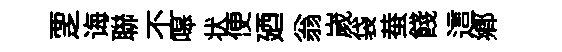
覂诲聯丕嗥状便廼翁嵗袋蛬餞這郷